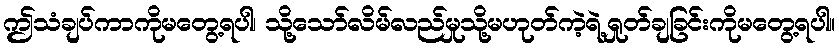
ဤသံချပ်ကာကိုမတွေ့ရပါ၊ သို့သော်လိမ်လည်မှုသို့မဟုတ်ကဲ့ရဲ့ရှုတ်ချခြင်းကိုမတွေ့ရပါ။